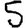
Digit: 5